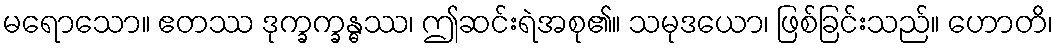
မရောသော။ ဧတဿ ဒုက္ခက္ခန္ဓဿ၊ ဤဆင်းရဲအစု၏။ သမုဒယော၊ ဖြစ်ခြင်းသည်။ ဟောတိ၊